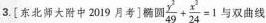
3. \left[东北师大附中2019月考\right] 椭圆 $$ \frac{y^{2}}{49}+ \frac{x^{2}}{24}=1$$ 双曲线